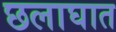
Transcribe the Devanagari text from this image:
छलाघात